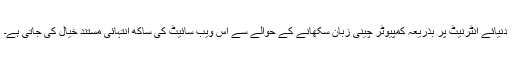
دنیائے انٹرنیٹ پر بذریعہ کمپیوٹر چینی زبان سکھانے کے حوالے سے اس ویب سائیٹ کی ساکھ انتہائی مستند خیال کی جاتی ہے۔